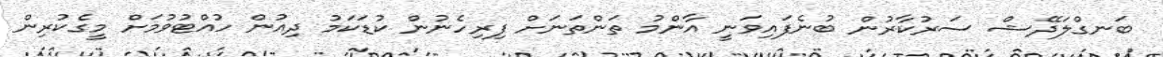
ބަނގްލަދޭޝް ސަރުކާރުން ބުނެފައިވަނީ އާންމު ތަންތަނަށް ފިރިހެނުން ކުޑަކަމު ދިއުން ހުއްޓުވުމަށް މީގެކުރިން